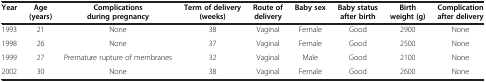
<table><thead><tr><td><b>Year</b></td><td><b>Age (years)</b></td><td><b>Complications during pregnancy</b></td><td><b>Term of delivery (weeks)</b></td><td><b>Route of delivery</b></td><td><b>Baby sex</b></td><td><b>Baby status after birth</b></td><td><b>Birth weight (g)</b></td><td><b>Complication after delivery</b></td></tr></thead><tbody><tr><td>1993</td><td>21</td><td>None</td><td>38</td><td>Vaginal</td><td>Female</td><td>Good</td><td>2900</td><td>None</td></tr><tr><td>1998</td><td>26</td><td>None</td><td>37</td><td>Vaginal</td><td>Female</td><td>Good</td><td>2500</td><td>None</td></tr><tr><td>1999</td><td>27</td><td>Premature rupture of membranes</td><td>32</td><td>Vaginal</td><td>Male</td><td>Good</td><td>2100</td><td>None</td></tr><tr><td>2002</td><td>30</td><td>None</td><td>38</td><td>Vaginal</td><td>Female</td><td>Good</td><td>2600</td><td>None</td></tr></tbody></table>